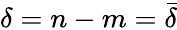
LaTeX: \delta=n-m=\bar{\delta}